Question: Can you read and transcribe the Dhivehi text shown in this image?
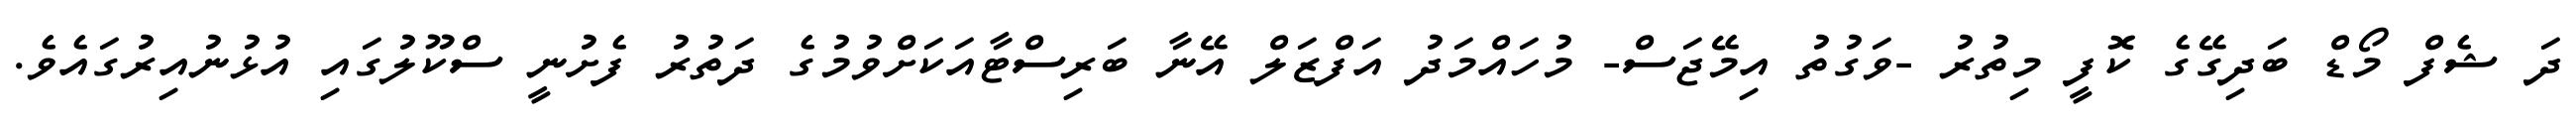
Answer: ދަ ޝެފް މޯޑް ބަދިގޭގެ ކޮފީ މިތުރު -ވަގުތު އިމޭޖަސް- މުހައްމަދު އަފްޒަލް އޭނާ ބަރިސްޓާއަކަށްވުމުގެ ދަތުރު ފެށުނީ ސްކޫލުގައި އުޅުނުއިރުގައެވެ.